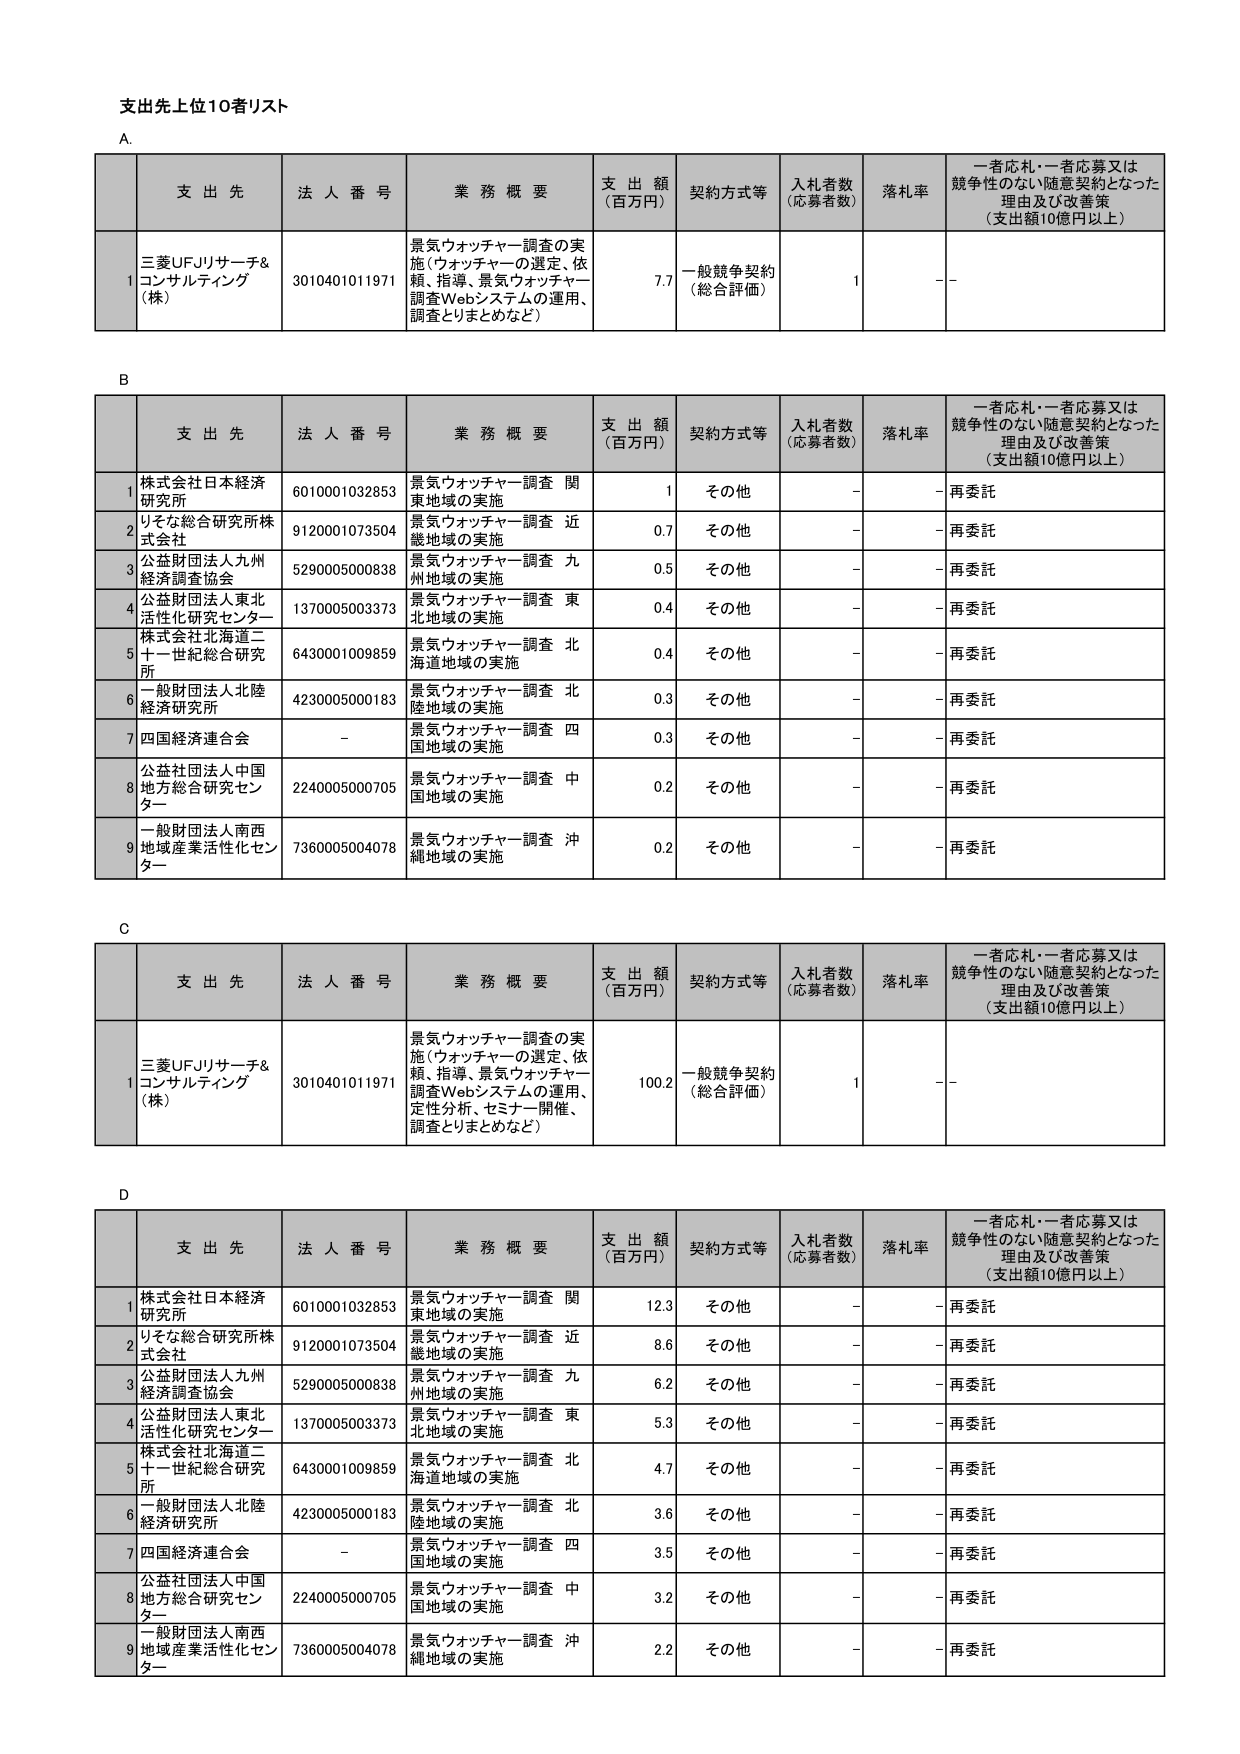
支出先上位10者リスト

A.
支 出 先 法 人 番 号 業 務 概 要 支 出 額 （百万円） 契約方式等 入札者数 （応募者数） 落札率 一者応札・一者応募又は競争性のない随意契約となった理由及び改善策 （支出額10億円以上）
1 三菱UFJリサーチ&コンサルティング（株） 3010401011971 景気ウォッチャー調査の実施（ウォッチャーの選定、依頼、指導、景気ウォッチャー調査Webシステムの運用、調査とりまとめなど） 7.7 一般競争契約（総合評価） 1 － －

B.
支 出 先 法 人 番 号 業 務 概 要 支 出 額 （百万円） 契約方式等 入札者数 （応募者数） 落札率 一者応札・一者応募又は競争性のない随意契約となった理由及び改善策 （支出額10億円以上）
1 株式会社日本経済研究所 6010001032853 景気ウォッチャー調査 関東地域の実施 1 その他 － － 再委託
2 りそな総合研究所株式会社 9120001073504 景気ウォッチャー調査 近畿地域の実施 0.7 その他 － － 再委託
3 公益財団法人九州経済調査協会 5290005000838 景気ウォッチャー調査 九州地域の実施 0.5 その他 － － 再委託
4 公益財団法人東北活性化研究センター 1370005003373 景気ウォッチャー調査 東北地域の実施 0.4 その他 － － 再委託
5 株式会社北海道二十一世紀総合研究所 6430001009859 景気ウォッチャー調査 北海道地域の実施 0.4 その他 － － 再委託
6 一般財団法人北陸経済研究所 4230005000183 景気ウォッチャー調査 北陸地域の実施 0.3 その他 － － 再委託
7 四国経済連合会 － 景気ウォッチャー調査 四国地域の実施 0.3 その他 － － 再委託
8 公益社団法人中国地方総合研究センター 2240005000705 景気ウォッチャー調査 中国地域の実施 0.2 その他 － － 再委託
9 一般財団法人南西地域産業活性化センター 7360005004078 景気ウォッチャー調査 沖縄地域の実施 0.2 その他 － － 再委託

C.
支 出 先 法 人 番 号 業 務 概 要 支 出 額 （百万円） 契約方式等 入札者数 （応募者数） 落札率 一者応札・一者応募又は競争性のない随意契約となった理由及び改善策 （支出額10億円以上）
1 三菱UFJリサーチ&コンサルティング（株） 3010401011971 景気ウォッチャー調査の実施（ウォッチャーの選定、依頼、指導、景気ウォッチャー調査Webシステムの運用、定性分析、セミナー開催、調査とりまとめなど） 100.2 一般競争契約（総合評価） 1 － －

D.
支 出 先 法 人 番 号 業 務 概 要 支 出 額 （百万円） 契約方式等 入札者数 （応募者数） 落札率 一者応札・一者応募又は競争性のない随意契約となった理由及び改善策 （支出額10億円以上）
1 株式会社日本経済研究所 6010001032853 景気ウォッチャー調査 関東地域の実施 12.3 その他 － － 再委託
2 りそな総合研究所株式会社 9120001073504 景気ウォッチャー調査 近畿地域の実施 8.6 その他 － － 再委託
3 公益財団法人九州経済調査協会 5290005000838 景気ウォッチャー調査 九州地域の実施 6.2 その他 － － 再委託
4 公益財団法人東北活性化研究センター 1370005003373 景気ウォッチャー調査 東北地域の実施 5.3 その他 － － 再委託
5 株式会社北海道二十一世紀総合研究所 6430001009859 景気ウォッチャー調査 北海道地域の実施 4.7 その他 － － 再委託
6 一般財団法人北陸経済研究所 4230005000183 景気ウォッチャー調査 北陸地域の実施 3.6 その他 － － 再委託
7 四国経済連合会 － 景気ウォッチャー調査 四国地域の実施 3.5 その他 － － 再委託
8 公益社団法人中国地方総合研究センター 2240005000705 景気ウォッチャー調査 中国地域の実施 3.2 その他 － － 再委託
9 一般財団法人南西地域産業活性化センター 7360005004078 景気ウォッチャー調査 沖縄地域の実施 2.2 その他 － － 再委託